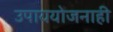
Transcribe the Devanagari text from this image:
उपाययोजनाही